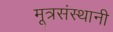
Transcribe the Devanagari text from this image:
मूत्रसंस्थानी